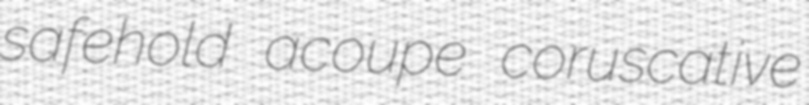
safehold acoupe coruscative